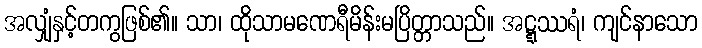
အလျှံနှင့်တကွဖြစ်၏။ သာ၊ ထိုသာမဏေရီမိန်းမပြိတ္တာသည်။ အဋ္ဋဿရံ၊ ကျင်နာသော